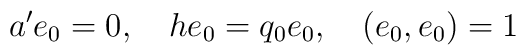
a'e_0=0,\quad he_0=q_0e_0,\quad (e_0,e_0)=1